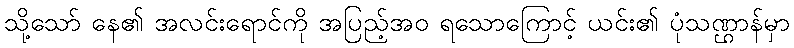
သို့သော် နေ၏ အလင်းရောင်ကို အပြည့်အဝ ရသောကြောင့် ယင်း၏ ပုံသဏ္ဌာန်မှာ